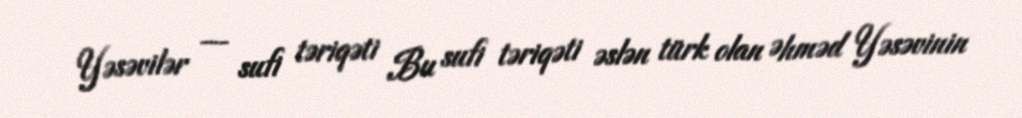
Yəsəvilər — sufi təriqəti Bu sufi təriqəti əslən türk olan Əhməd Yəsəvinin